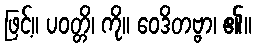
ဖြင့်။ ပဝတ္တိ၊ ကို။ ဝေဒိတဗ္ဗာ၊ ၏။